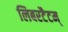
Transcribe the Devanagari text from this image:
लिबरटैटम्